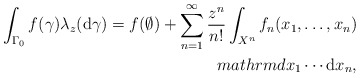
\begin{align*}\int_{\Gamma _{0}}f(\gamma )\lambda _{z}(\mathrm{d}\gamma )=f(\emptyset)+\sum_{n=1}^{\infty }\frac{z^{n}}{n!}\int_{X^{n}}f_{n}(x_{1},\dots ,x_{n})\\mathrm{d}x_{1}\cdots \mathrm{d}x_{n}, \end{align*}